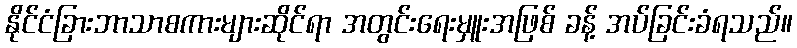
နိုင်ငံခြားဘာသာစကားများဆိုင်ရာ အတွင်းရေးမှူးအဖြစ် ခန့် အပ်ခြင်းခံရသည်။